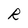
Character: R